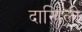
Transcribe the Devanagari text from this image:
दाख़िली